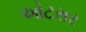
ઓટરાર